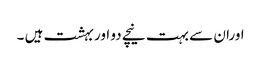
اوران سے بہت نیچے دو اور بہشت ہیں ۔